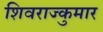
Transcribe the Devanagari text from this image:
शिवराज्कुमार